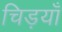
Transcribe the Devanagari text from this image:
चिड़याँ